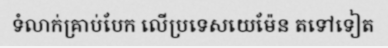
ទំលាក់គ្រាប់បែក លើប្រទេសយេម៉ែន តទៅទៀត